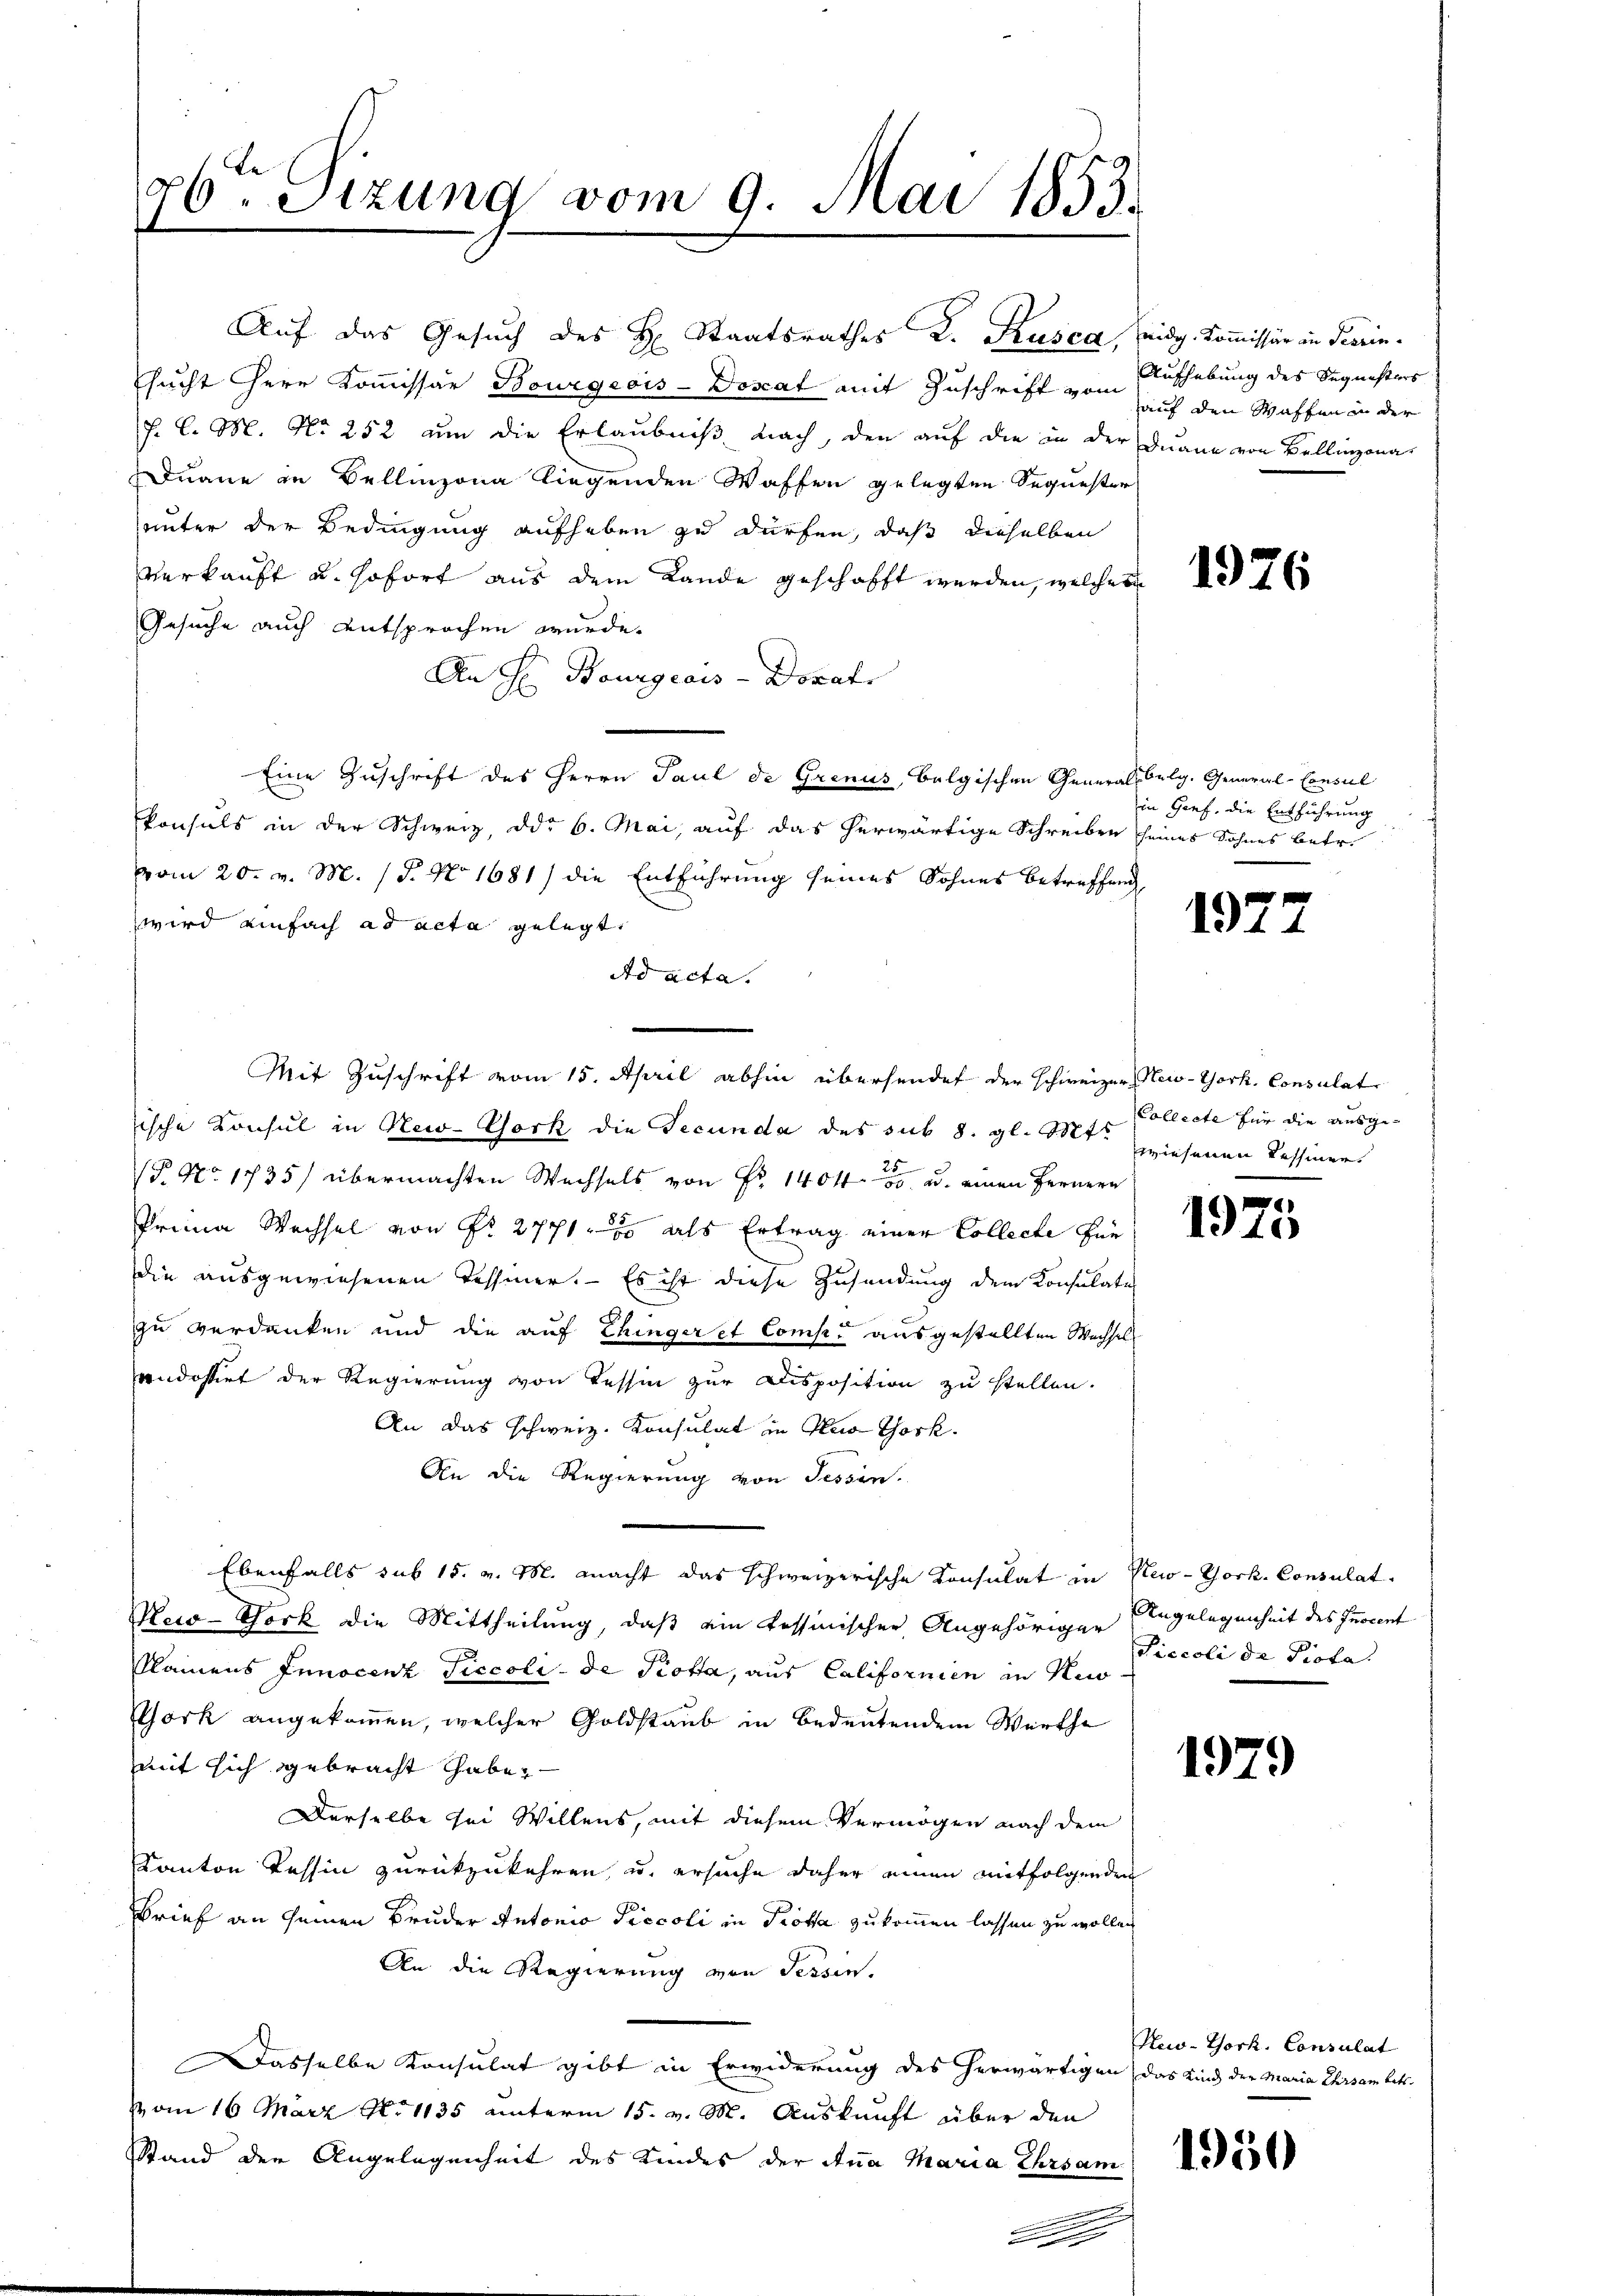
26ten Sizung vom 9. Mai 1853.
I

Auf das Gesuch des H. Staatsrathes K. Rusca
sucht Herr Kommissar Bourgeois-Doscat mit Zuschrift vom Aufhebung des Sequesters
J. C. M. No 252 um die Erlaubniß nach, den auf die in der
Duane zu Bellinzona liegenden Waffen gelegten Sequester
unter der Bedingung aufheben zu dürfen, daß dieselben
verkauft u. sofort aus dem Lande geschafft werden, welcher
Gesuche auch entsprochen wurde.
An Hr. Bourgeais - Donat
Eine Zuschrift des Herrn Paul de Grenus, belgischen Generalbelg. General-Consul
konsuls in der Schweiz, ddo 6. Mai, auf das herwärtige Schreiben seines Sohnes betr.
vom 20. v. M. (T. No 1681) die Entführung seines Sohnes Betreffend
wird einfach ad acta gelegt.
Ad acta.
Mit Zuschrift vom 15. April abhin übersendet der schweizer, New-York, Consulat
ische Konsul in New-York die Secunda des sub 8. gl. Mts Collecte für die ausge-
(P No 1785/ übermachten Wechsels von Fr. 1404 u. einen Fernere
Prima Wechsel von Fr. 27718 als Ertrag einer Collecte für
die ausgewiesenen Tessiner. – Es ist diese Zusendung dem Konsulate
zu verdanken und die auf Ehingeret Comp. ausgestellten Wachsel
andossert der Regierung von Tessin zur Disposition zu stellen.
An das schweiz. Konsulat in des Thork.
An die Regierung von Tessin.
Ebenfalls sub 15. v. M. macht das schweizerische Konsulat in New-York, Consulat
Meio-York die Mittheilung, daß ein tessinischer Angehöriger Engelegenheit des Inocent
Namens Innocenz Ticcoli - de Piotta, aus Californien in Ki
York angekommen, welcher Goldstaub in Bedeutendem Werthe
mit sich gebracht habe,
Derselbe sei Willens, mit diesem Vermögen nach dem
Kanton Tessin zurückzukehren, u. ersuche daher einen mitfolgenden
Brief an seinen Bruder Antonio Piccoli in Prota zukommen lassen zu wollen
An die Regierung von Sessen.
Dasselbe Konsulat gibt in Erwiderung des herwärtigen das Kind der Maria Ehrsam betr.
Vom 16 März N. 1135 unterm 15. v. M. Auskunft über den
Stand der Angelegenheit des Kindes der Ana Maria Ehrsam
.
2

widg. Kommissär in Terrin
auf den Waffen in der
Juan von Bellinzona

1926

in Genf, die Entführung

197.

wiesenen Tessinen.

1975

Liccoli de Piota.

1979

New-York, Consulat

1950